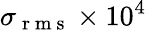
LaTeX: \sigma_{\mathrm{~r~m~s~}}\times 10^{4}